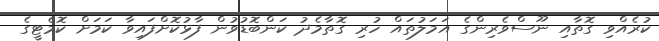
ކުރެއްވި ގޮތާއި ނޫސްވެރިންގެ އަމަލުތައް ހުރި ގޮތާމެދު ކަންބޮޑުވުން ފާޅުކޮށްފައިވާ ކަމަށް ކޮމެޓީގެ